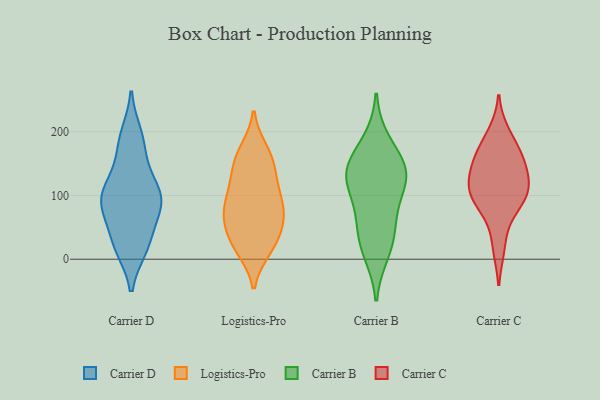
{"axis": {"x": "Bounce Rate (%)", "y": "Value"}, "legend": ["Carrier B", "Carrier C", "Carrier D", "Logistics-Pro"], "data": [{"x": "", "y": 93, "type": "Carrier D"}, {"x": "", "y": 184, "type": "Carrier D"}, {"x": "", "y": 117, "type": "Carrier D"}, {"x": "", "y": 26, "type": "Carrier D"}, {"x": "", "y": 195, "type": "Carrier D"}, {"x": "", "y": 78, "type": "Carrier D"}, {"x": "", "y": 102, "type": "Carrier D"}, {"x": "", "y": 18, "type": "Carrier D"}, {"x": "", "y": 63, "type": "Carrier D"}, {"x": "", "y": 97, "type": "Carrier D"}, {"x": "", "y": 20, "type": "Carrier D"}, {"x": "", "y": 153, "type": "Carrier D"}, {"x": "", "y": 96, "type": "Carrier D"}, {"x": "", "y": 87, "type": "Logistics-Pro"}, {"x": "", "y": 64, "type": "Logistics-Pro"}, {"x": "", "y": 99, "type": "Logistics-Pro"}, {"x": "", "y": 165, "type": "Logistics-Pro"}, {"x": "", "y": 62, "type": "Logistics-Pro"}, {"x": "", "y": 86, "type": "Logistics-Pro"}, {"x": "", "y": 69, "type": "Logistics-Pro"}, {"x": "", "y": 18, "type": "Logistics-Pro"}, {"x": "", "y": 118, "type": "Logistics-Pro"}, {"x": "", "y": 59, "type": "Logistics-Pro"}, {"x": "", "y": 170, "type": "Logistics-Pro"}, {"x": "", "y": 148, "type": "Logistics-Pro"}, {"x": "", "y": 152, "type": "Logistics-Pro"}, {"x": "", "y": 24, "type": "Logistics-Pro"}, {"x": "", "y": 120, "type": "Logistics-Pro"}, {"x": "", "y": 32, "type": "Logistics-Pro"}, {"x": "", "y": 16, "type": "Logistics-Pro"}, {"x": "", "y": 29, "type": "Carrier B"}, {"x": "", "y": 142, "type": "Carrier B"}, {"x": "", "y": 145, "type": "Carrier B"}, {"x": "", "y": 121, "type": "Carrier B"}, {"x": "", "y": 124, "type": "Carrier B"}, {"x": "", "y": 184, "type": "Carrier B"}, {"x": "", "y": 53, "type": "Carrier B"}, {"x": "", "y": 137, "type": "Carrier B"}, {"x": "", "y": 79, "type": "Carrier B"}, {"x": "", "y": 11, "type": "Carrier B"}, {"x": "", "y": 97, "type": "Carrier C"}, {"x": "", "y": 154, "type": "Carrier C"}, {"x": "", "y": 128, "type": "Carrier C"}, {"x": "", "y": 161, "type": "Carrier C"}, {"x": "", "y": 137, "type": "Carrier C"}, {"x": "", "y": 173, "type": "Carrier C"}, {"x": "", "y": 199, "type": "Carrier C"}, {"x": "", "y": 69, "type": "Carrier C"}, {"x": "", "y": 107, "type": "Carrier C"}, {"x": "", "y": 108, "type": "Carrier C"}, {"x": "", "y": 18, "type": "Carrier C"}, {"x": "", "y": 96, "type": "Carrier C"}]}